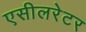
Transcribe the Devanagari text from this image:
एसीलरेटर